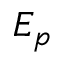
E _ { p }